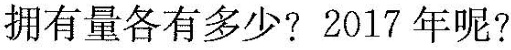
拥有量各有多少?2017年呢?